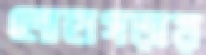
লোহাগড়ায়